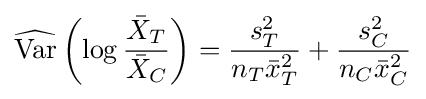
{\widehat {\text{Var}}}\left(\log {\frac {{\bar {X}}_{T}}{{\bar {X}}_{C}}}\right)={\frac {s_{T}^{2}}{n_{T}{\bar {x}}_{T}^{2}}}+{\frac {s_{C}^{2}}{n_{C}{\bar {x}}_{C}^{2}}}